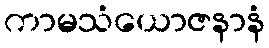
ကာမသံယောဇနာနံ